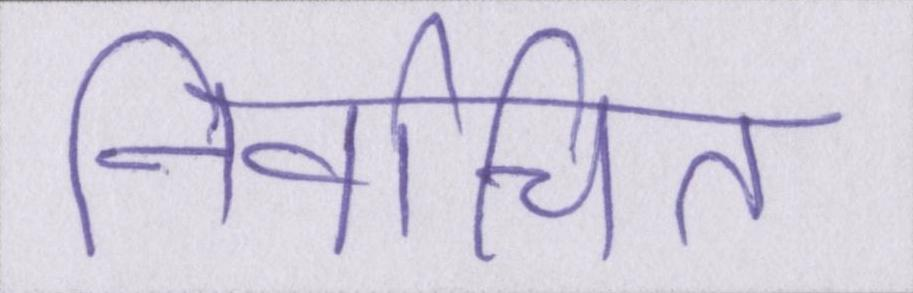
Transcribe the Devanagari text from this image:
निर्वाचित